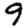
Digit: 9